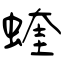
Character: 蝰